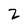
Character: 2